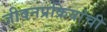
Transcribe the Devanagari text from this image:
जीवनप्रक्रियांची